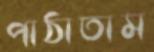
পাঠাতাম